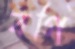
বগি